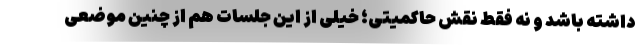
داشته باشد و نه فقط نقش حاکمیتی؛ خیلی از این جلسات هم از چنین موضعی